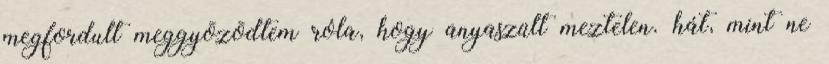
megfordult meggyõzõdtem róla, hogy anyaszült meztelen. hát, mint ne